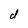
Character: d